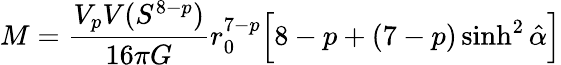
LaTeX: M=\frac{V_{p}V(S^{8-p})}{16\pi G}r_{0}^{7-p}\Big[8-p+(7-p)\sinh^{2}\hat{\alpha}\Big]